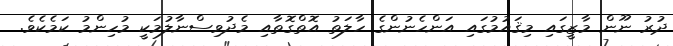
ދުރު ނޫން މާޒީގައި މިޤައުމުގައި އަންހެނުންގެ ހާލަތު އޮތްގޮތާއި މެދުވިސްނާލުމަކީ މުހިންމު ކަމެކެވެ.